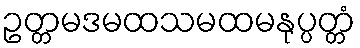
ဥတ္တမဒမထသမထမနုပ္ပတ္တံ